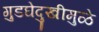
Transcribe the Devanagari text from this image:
गुडघेदुखीमुळे